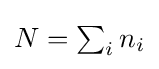
{\textstyle N=\sum _{i}n_{i}}